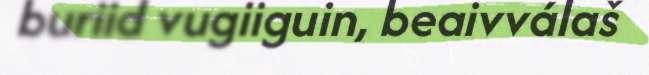
buriid vugiiguin, beaivválaš